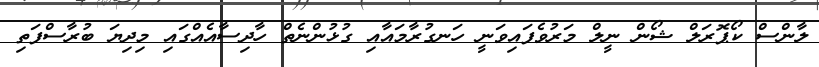
ލާންސް ކޯޕޮރަލް ޝޯން ނީލް މަރުވެފައިވަނީ ހަނގުރާމައާއި ގުޅުންނެތް ހާދިސާއެއްގައި މިދިޔަ ބުރާސްފަތި